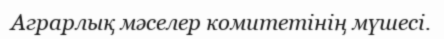
Аграрлық мәселер комитетінің мүшесі.